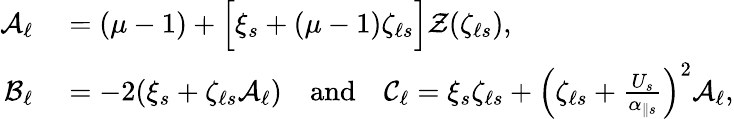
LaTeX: \begin{array}{rl}{\mathcal{A}_{\ell}}&{{}=(\mu-1)+\Big[\xi_{s}+(\mu-1)\zeta_{\ell s}\Big]\mathcal{Z}(\zeta_{\ell s}),}\\ {\mathcal{B}_{\ell}}&{{}=-2(\xi_{s}+\zeta_{\ell s}\mathcal{A}_{\ell})\quad\textnormal{and}\quad\mathcal{C}_{\ell}=\xi_{s}\zeta_{\ell s}+\left(\zeta_{\ell s}+\frac{U_{s}}{\alpha_{\parallel s}}\right)^{2}\mathcal{A}_{\ell},}\end{array}